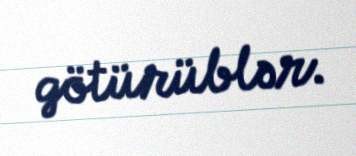
götürüblər.